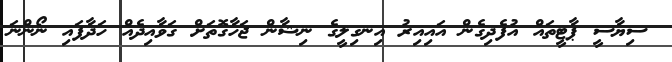
ސިޔާސީ ޕާޓީތައް އުފެދިގެން އައިއިރު އިނގިލީގެ ނިޝާން ޖަހާގޮތަށް ގަވާއިދެއް ހަދާފައި ނޯންނަ